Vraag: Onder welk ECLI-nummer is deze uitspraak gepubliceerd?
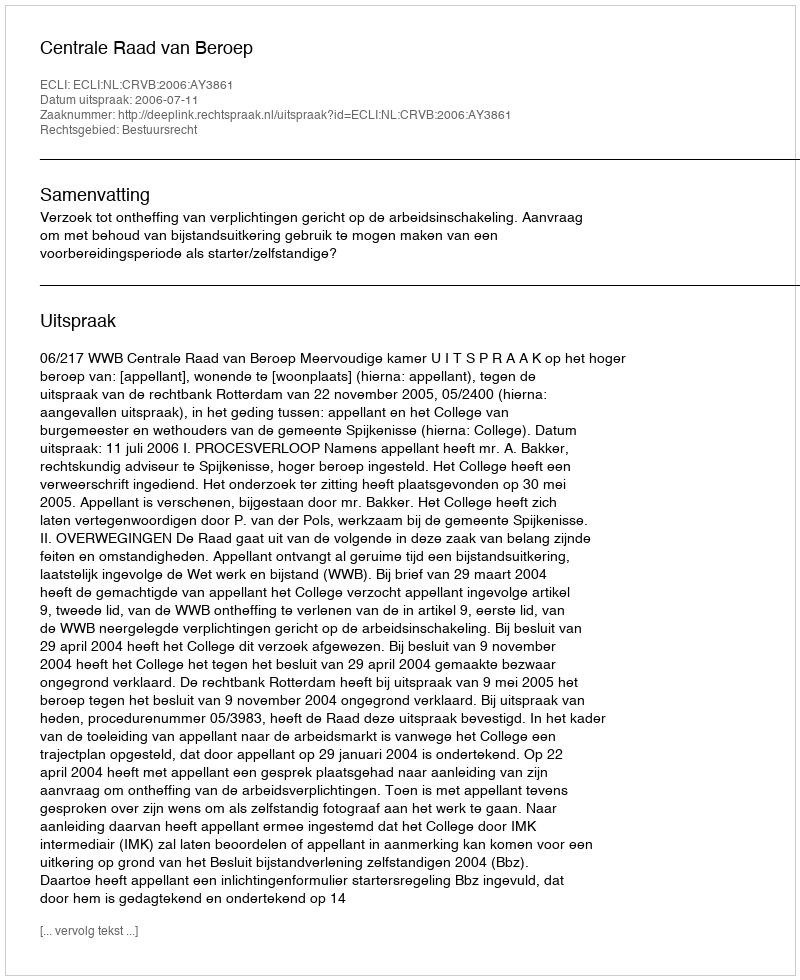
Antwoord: ECLI:NL:CRVB:2006:AY3861